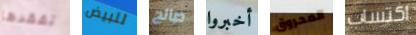
تفقدها للبيض صالح أخبروا المحروق اكتساب